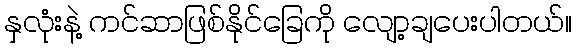
နှလုံးနဲ့ ကင်ဆာဖြစ်နိုင်ခြေကို လျော့ချပေးပါတယ်။